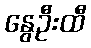
နွေဦးထီ